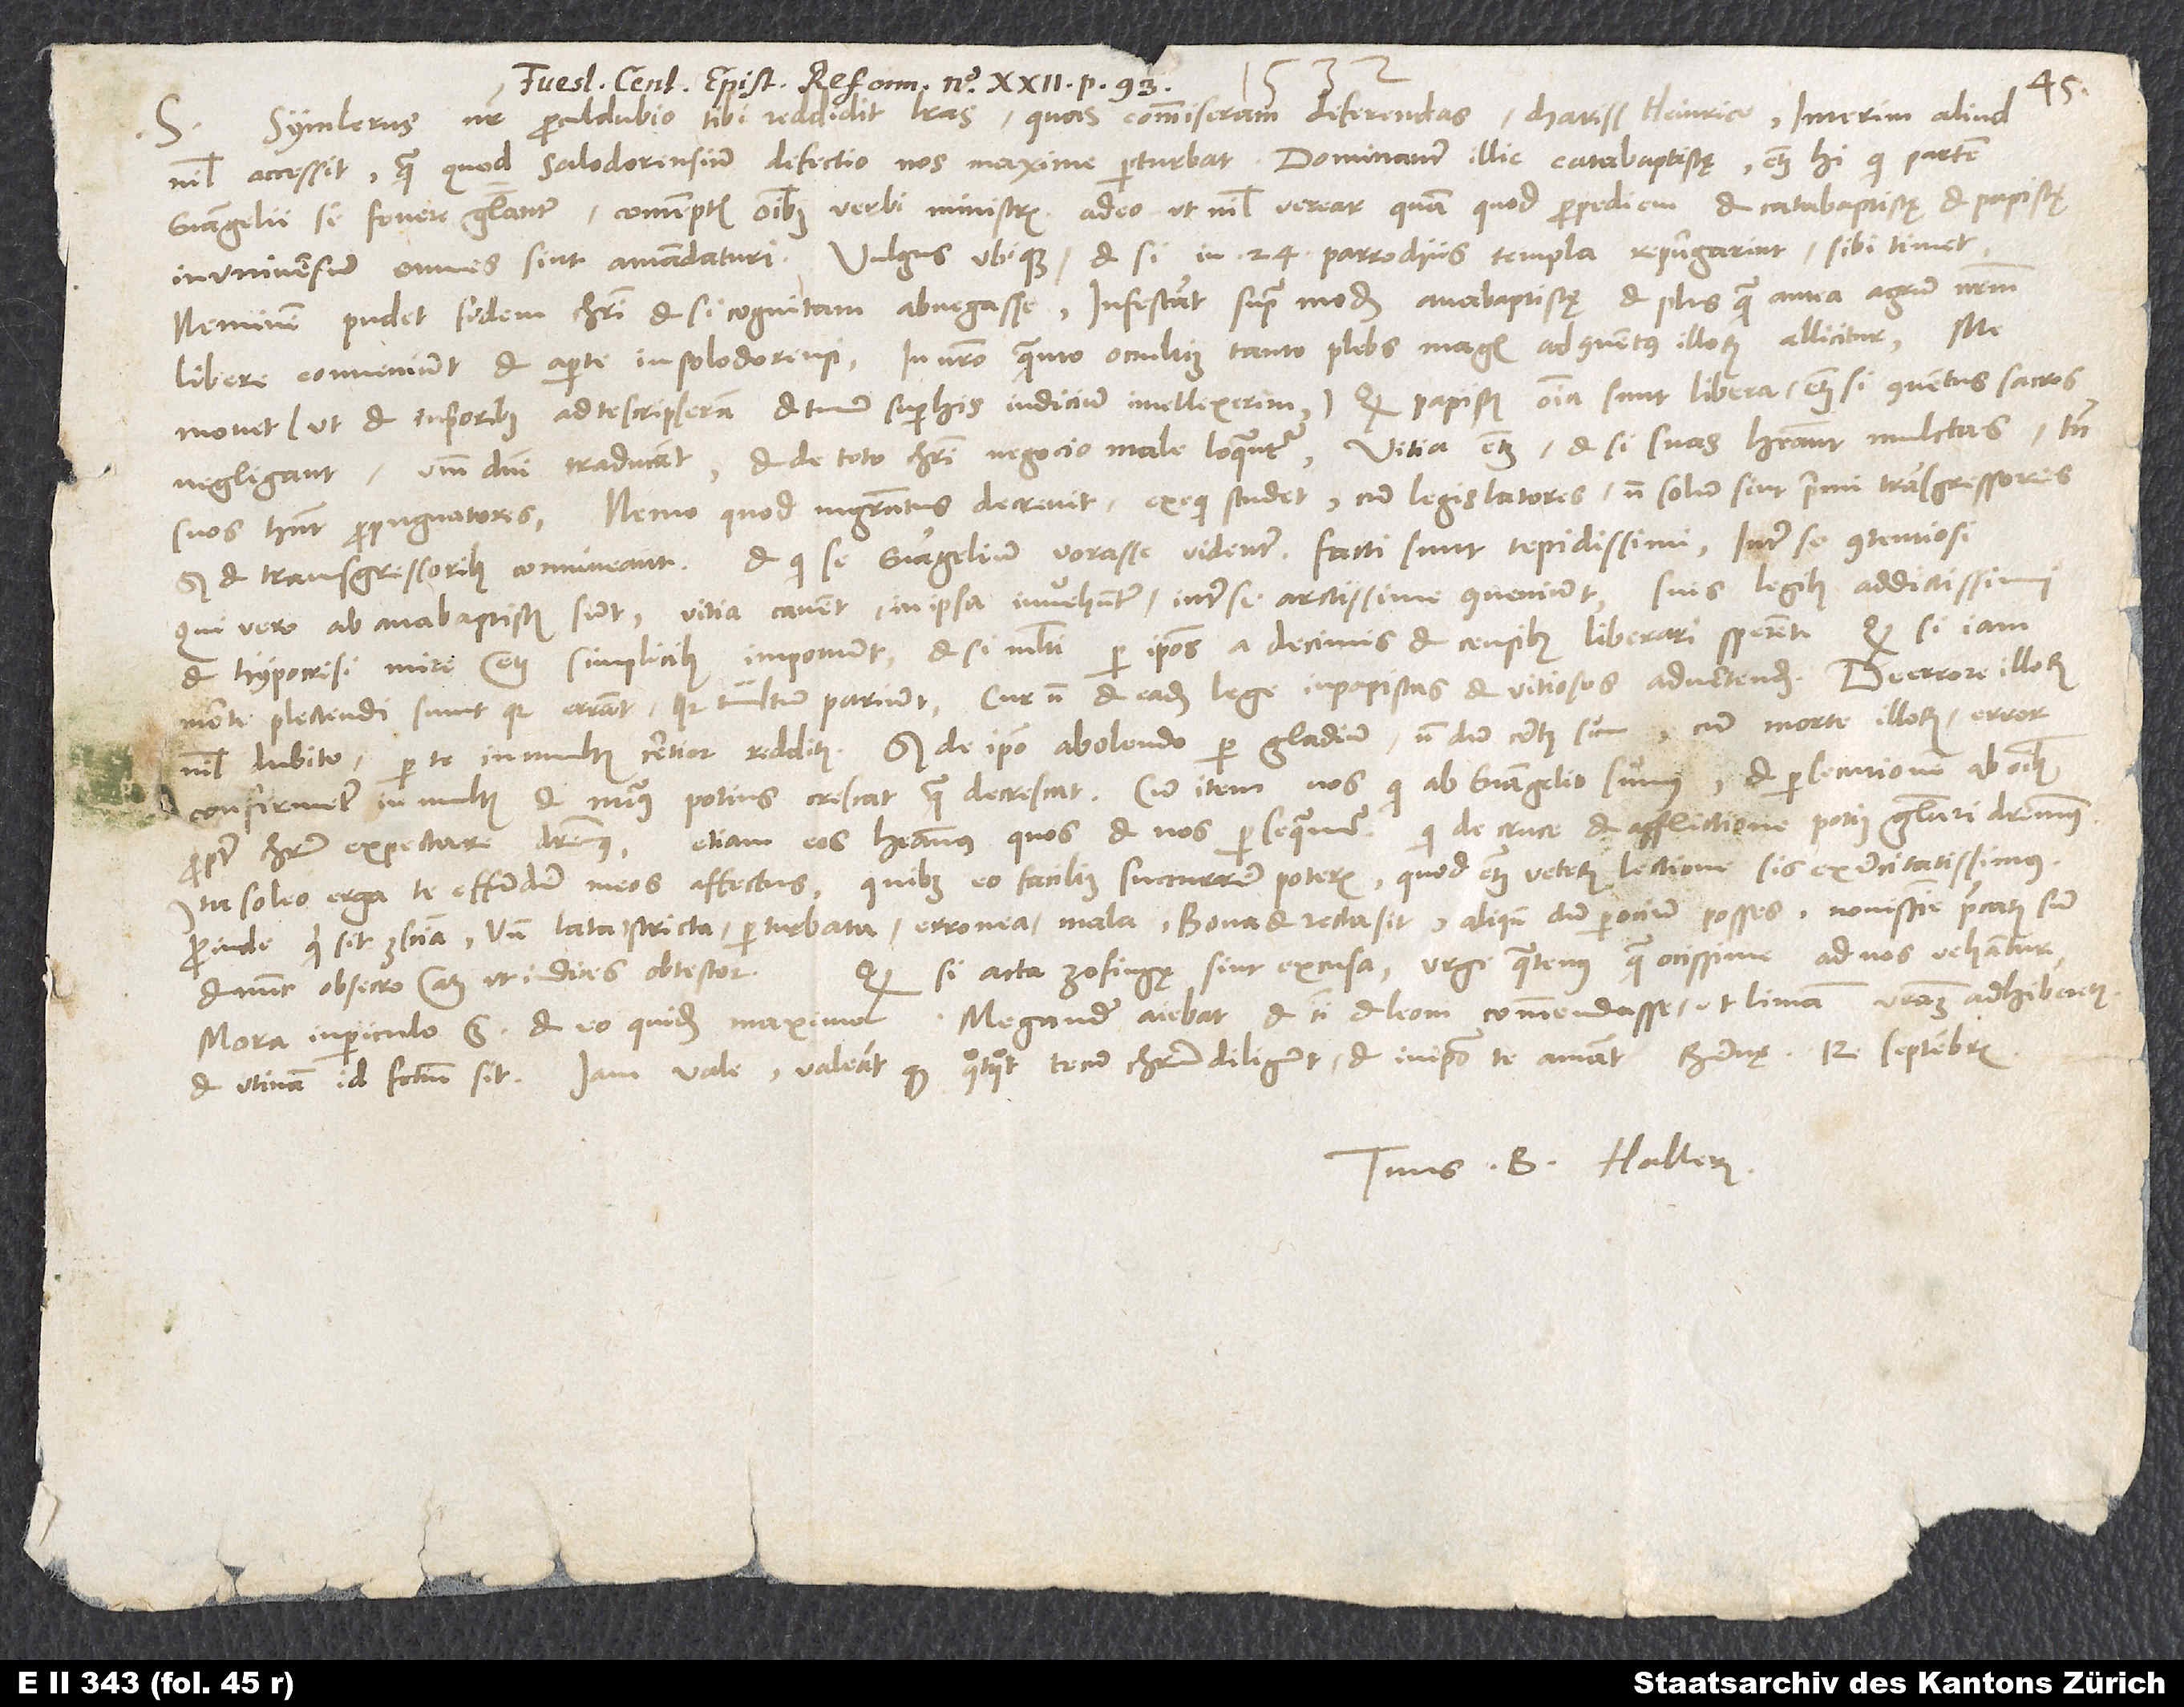
Symlerus noster procul dubio tibi reddidit literas, quas commiseram deferendas, charissime Heinrice.
S.
nihil accessit, quam quod Salodorensium defectio nos maxime perturbat. Dominantur illic catabaptistę, etiam hi, qui partem
evangelii se fovere gloriantur contemptis omnibus verbi ministris, adeo ut nihil verear, quam quod propediem et catabaptistę et papistę
in universum omnes sint amandaturi. Vulgus ubique, etsi in 24 parrochiis templa repurgarint, sibi timet.
Neminem pudet fidem Christi etsi cognitam abnegasse. Infestant supra modum anabaptistę et plus quam antea agrum nostrum
libere conveniunt et aperte in Solodorensi. In nostro, quanto occultius, tanto plebs magis ad conventus illorum allicitur. Me
movet, ut et in prioribus ad te scripseram et tuum super his iudicium intellexerim, quod papistis omnia sunt libera, etiam si conventus sacros
negligant, verbum domini traducant et de toto Christi negocio male loquantur. Vitia etiam, etsi suas habeant mulctas, tamen
suos habent propugnatores. Nemo, quod magistratus decrevit, exequi studet, cum legislatores non solum sint primi transgressores,
sed et transgressoribus conniveant, et qui se evangelium vorasse videntur, facti sunt tepidissimi, inter se contentiosi.
Qui vero ab anabaptistis sunt, vitia cavent, in ipsa invehuntur, inter se arctissime conveniunt suis legibus addictissimi
et hypocrisi. Mire etiam simplicibus imponunt, etsi multi per ipsos a decimis et censibus liberari sperent.
morte plectendi sunt, quia errant, quia tumultum pariunt, cur non et eadem lege in papistas et vitiosos advertendum? De errore illorum
nihil dubito per te in multis certior redditus, sed de ipso abolendo per gladium nondum certus sum, cum morte illorum error
confirmetur in multis et numerus potius crescat quam decrescat, cum item nos, qui ab evangelio sumus et persecutionem ab omnibus
etiam eos habeamus, quos et nos persequamur, qui de cruce et afflictione potius gloriari deberemus.
propter Christum expectare deberemus,
Ita soleo erga te effundere meos affectus, quibus eo facilius succurrere poteris, quod etiam veterum lectione sis exercitatissimus.
Proinde, quid sit conscientia, unde lata, stricta, perturbata, erronea, mala, bona et recta sit, aliquando, dum per ocium posses, novissime precatus sum
Quodsi acta Zofingae sint excusa, urge, quatenus quam ocissime ad nos vehantur.
et nunc obsecro atque, ut indices, obtestor.
Mora in periculo est et eo quidem maximo. Megander aiebat et tibi etLeoni commendasse, ut limam vestram adhiberetis,
Tuus B. Hallerus.